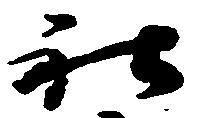
社